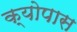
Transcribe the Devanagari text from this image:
क्योपास